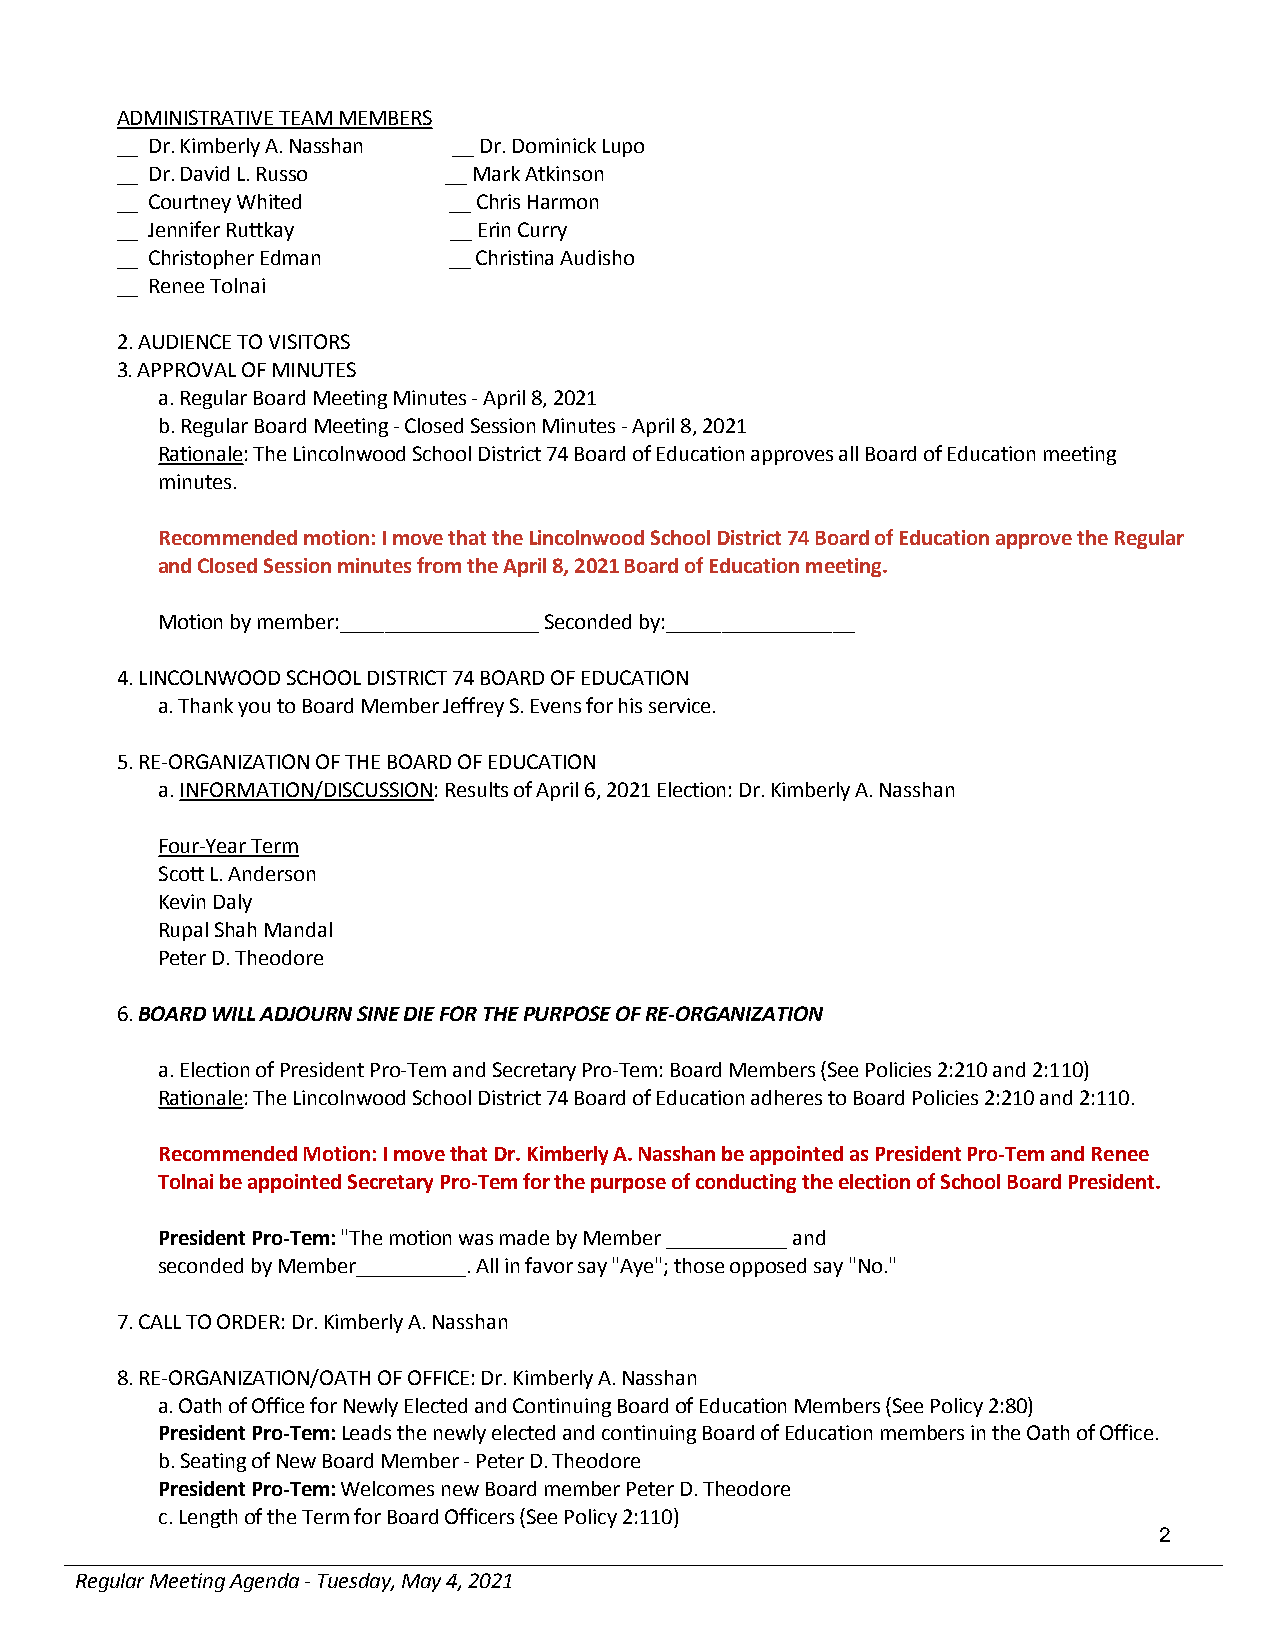
ADMINISTRATIVE TEAM MEMBERS
 __ Dr. Kimberly A. Nasshan __ Dr. Dominick Lupo
 __ Dr. David L. Russo __ Mark Atkinson
 __ Courtney Whited    __ Chris Harmon
 __ Jennifer Ruttkay   __ Erin Curry
 __ Christopher Edman  __ Christina Audisho
 __ Renee Tolnai
 2. AUDIENCE TO VISITORS
 3. APPROVAL OF MINUTES
 a. Regular Board Meeting Minutes - April 8, 2021
 b. Regular Board Meeting - Closed Session Minutes - April 8, 2021
 Rationale: The Lincolnwood School District 74 Board of Education approves all Board of Education meeting
 minutes.
 Recommended motion: I move that the Lincolnwood School District 74 Board of Education approve the Regular
 and Closed Session minutes from the April 8, 2021 Board of Education meeting.
 Motion by member:__________________ Seconded by:_________________
 4. LINCOLNWOOD SCHOOL DISTRICT 74 BOARD OF EDUCATION
 a. Thank you to Board Member Jeffrey S. Evens for his service.
 5. RE-ORGANIZATION OF THE BOARD OF EDUCATION
 a. INFORMATION/DISCUSSION: Results of April 6, 2021 Election: Dr. Kimberly A. Nasshan
 Four-Year Term
 Scott L. Anderson
 Kevin Daly
 Rupal Shah Mandal
 Peter D. Theodore
 6. BOARD WILL ADJOURN SINE DIE FOR THE PURPOSE OF RE-ORGANIZATION
 a. Election of President Pro-Tem and Secretary Pro-Tem: Board Members (See Policies 2:210 and 2:110)
 Rationale: The Lincolnwood School District 74 Board of Education adheres to Board Policies 2:210 and 2:110.
 Recommended Motion: I move that Dr. Kimberly A. Nasshan be appointed as President Pro-Tem and Renee
 Tolnai be appointed Secretary Pro-Tem for the purpose of conducting the election of School Board President.
 President Pro-Tem: "The motion was made by Member ___________ and
 seconded by Member__________. All in favor say "Aye"; those opposed say "No."
 7. CALL TO ORDER: Dr. Kimberly A. Nasshan
 8. RE-ORGANIZATION/OATH OF OFFICE: Dr. Kimberly A. Nasshan
 a. Oath of Office for Newly Elected and Continuing Board of Education Members (See Policy 2:80)
 President Pro-Tem: Leads the newly elected and continuing Board of Education members in the Oath of Office.
 b. Seating of New Board Member - Peter D. Theodore
 President Pro-Tem: Welcomes new Board member Peter D. Theodore
 c. Length of the Term for Board Officers (See Policy 2:110)
 2
 Regular Meeting Agenda - Tuesday, May 4, 2021